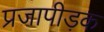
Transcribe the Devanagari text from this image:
प्रजापीड़क